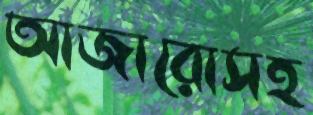
আজারোসহ